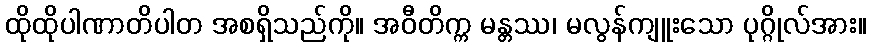
ထိုထိုပါဏာတိပါတ အစရှိသည်ကို။ အဝီတိက္က မန္တဿ၊ မလွန်ကျူးသော ပုဂ္ဂိုလ်အား။